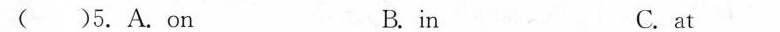
( )5.A.on B.in C.at